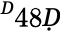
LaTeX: ^Ḋ48Ḍ